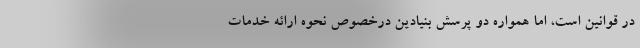
در قوانين است، اما همواره دو پرسش بنيادين درخصوص نحوه ارائه خدمات